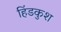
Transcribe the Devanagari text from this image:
हिंडकुश